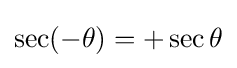
\sec(-\theta )=+\sec \theta